Malaria in India - Number 2
Disease focus: Malaria
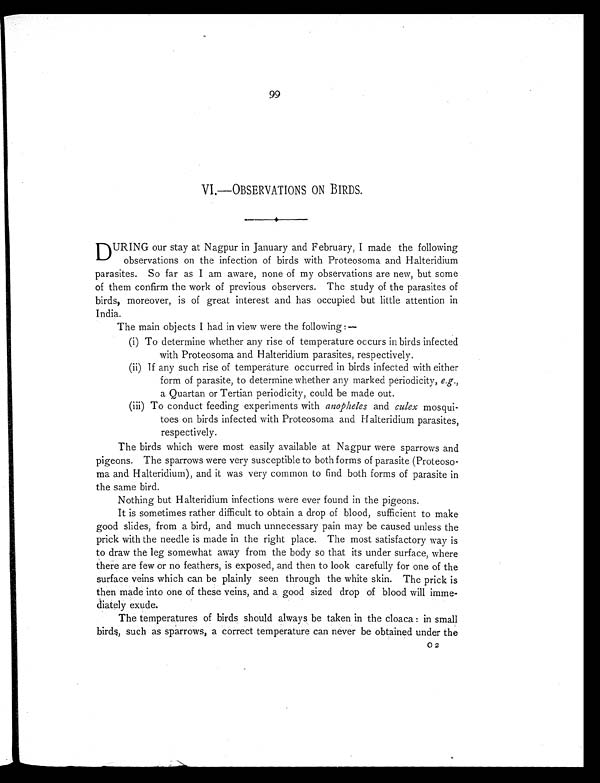
99
VI.—OBSERVATIONS ON BIRDS.
D URING our stay at Nagpur in January and February, I made the following
observations on the infection of birds with Proteosoma and Halteridium
parasites. So far as I am aware, none of my observations are new, but some
of them confirm the work of previous observers. The study of the parasites of
birds, moreover, is of great interest and has occupied but little attention in
India.
The main objects I had in view were the following:—
(i) To determine whether any rise of temperature occurs in birds infected
with Proteosoma and Halteridium parasites, respectively.
(ii) If any such rise of temperature occurred in birds infected with either
form of parasite, to determine whether any marked periodicity, e.g.,
a Quartan or Tertian periodicity, could be made out.
(iii) To conduct feeding experiments with anopheles and culex mosqui-
toes on birds infected with Proteosoma and Halteridium parasites,
respectively.
The birds which were most easily available at Nagpur were sparrows and
pigeons. The sparrows were very susceptible to both forms of parasite (Proteoso-
ma and Halteridium), and it was very common to find both forms of parasite in
the same bird.
Nothing but Halteridium infections were ever found in the pigeons.
It is sometimes rather difficult to obtain a drop of blood, sufficient to make
good slides, from a bird, and much unnecessary pain may be caused unless the
prick with the needle is made in the right place. The most satisfactory way is
to draw the leg somewhat away from the body so that its under surface, where
there are few or no feathers, is exposed, and then to look carefully for one of the
surface veins which can be plainly seen through the white skin. The prick is
then made into one of these veins, and a good sized drop of blood will imme-
diately exude.
The temperatures of birds should always be taken in the cloaca: in small
birds, such as sparrows, a correct temperature can never be obtained under the